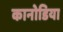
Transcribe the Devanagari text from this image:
कानोडिया